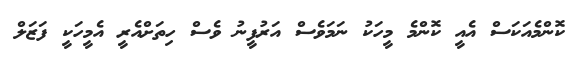
ކޮންމެއަކަސް އެއީ ކޮންމެ މީހަކު ނަމަވެސް އަރުފީނު ވެސް ހިތަށްއެރީ އެމީހަކީ ފަޒަލް